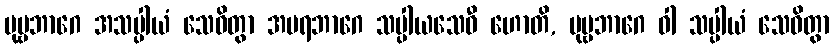
ပုဗ္ဗဘာဂေ အသပ္ပါယံ သေဝိတွာ အပရဘာဂေ သပ္ပါယသေဝီ ဟောတိ, ပုဗ္ဗဘာဂေ ဝါ သပ္ပါယံ သေဝိတွာ